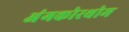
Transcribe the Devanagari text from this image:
अंगकोरथोम